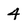
Character: 4